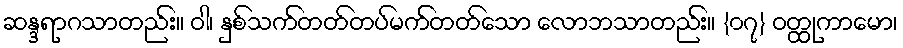
ဆန္ဒရာဂသာတည်း။ ဝါ၊ နှစ်သက်တတ်တပ်မက်တတ်သော လောဘသာတည်း။ {၀၇} ဝတ္ထုကာမော၊